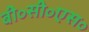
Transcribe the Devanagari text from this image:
बी॰सी॰एस॰